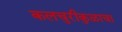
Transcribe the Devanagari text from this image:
कलचुरीकुळाचा